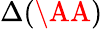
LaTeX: \Delta(\AA)